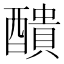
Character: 𨣈